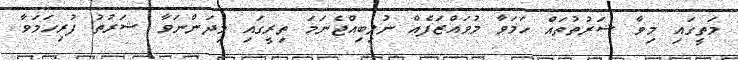
މަތީގައި މިވާ ޝަރުތުތައް ހަމަވާ މުވައްޒަފެއް ނުލިބިއްޖެނަމަ ތިރީގައި މިދަންނަވާ ޝަރުތު ފުރިހަމަވާ